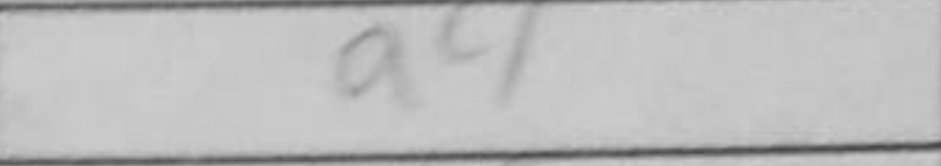
Transcription: a4